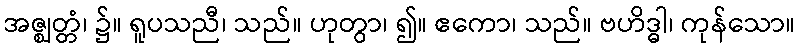
အဇ္ဈတ္တံ၊ ၌။ ရူပသညီ၊ သည်။ ဟုတွာ၊ ၍။ ဧကော၊ သည်။ ဗဟိဒ္ဓါ၊ ကုန်သော။